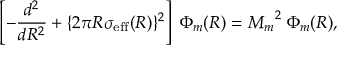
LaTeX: \left[ - \frac { d ^ { 2 } } { d R ^ { 2 } } + \{ 2 \pi R \sigma _ { \mathrm { e f f } } ( R ) \} ^ { 2 } \right] \; \Phi _ { m } ( R ) = { M _ { m } } ^ { 2 } \; \Phi _ { m } ( R ) ,